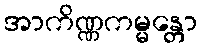
အာကိဏ္ဏကမ္မန္တော